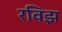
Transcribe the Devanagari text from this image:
रविझ